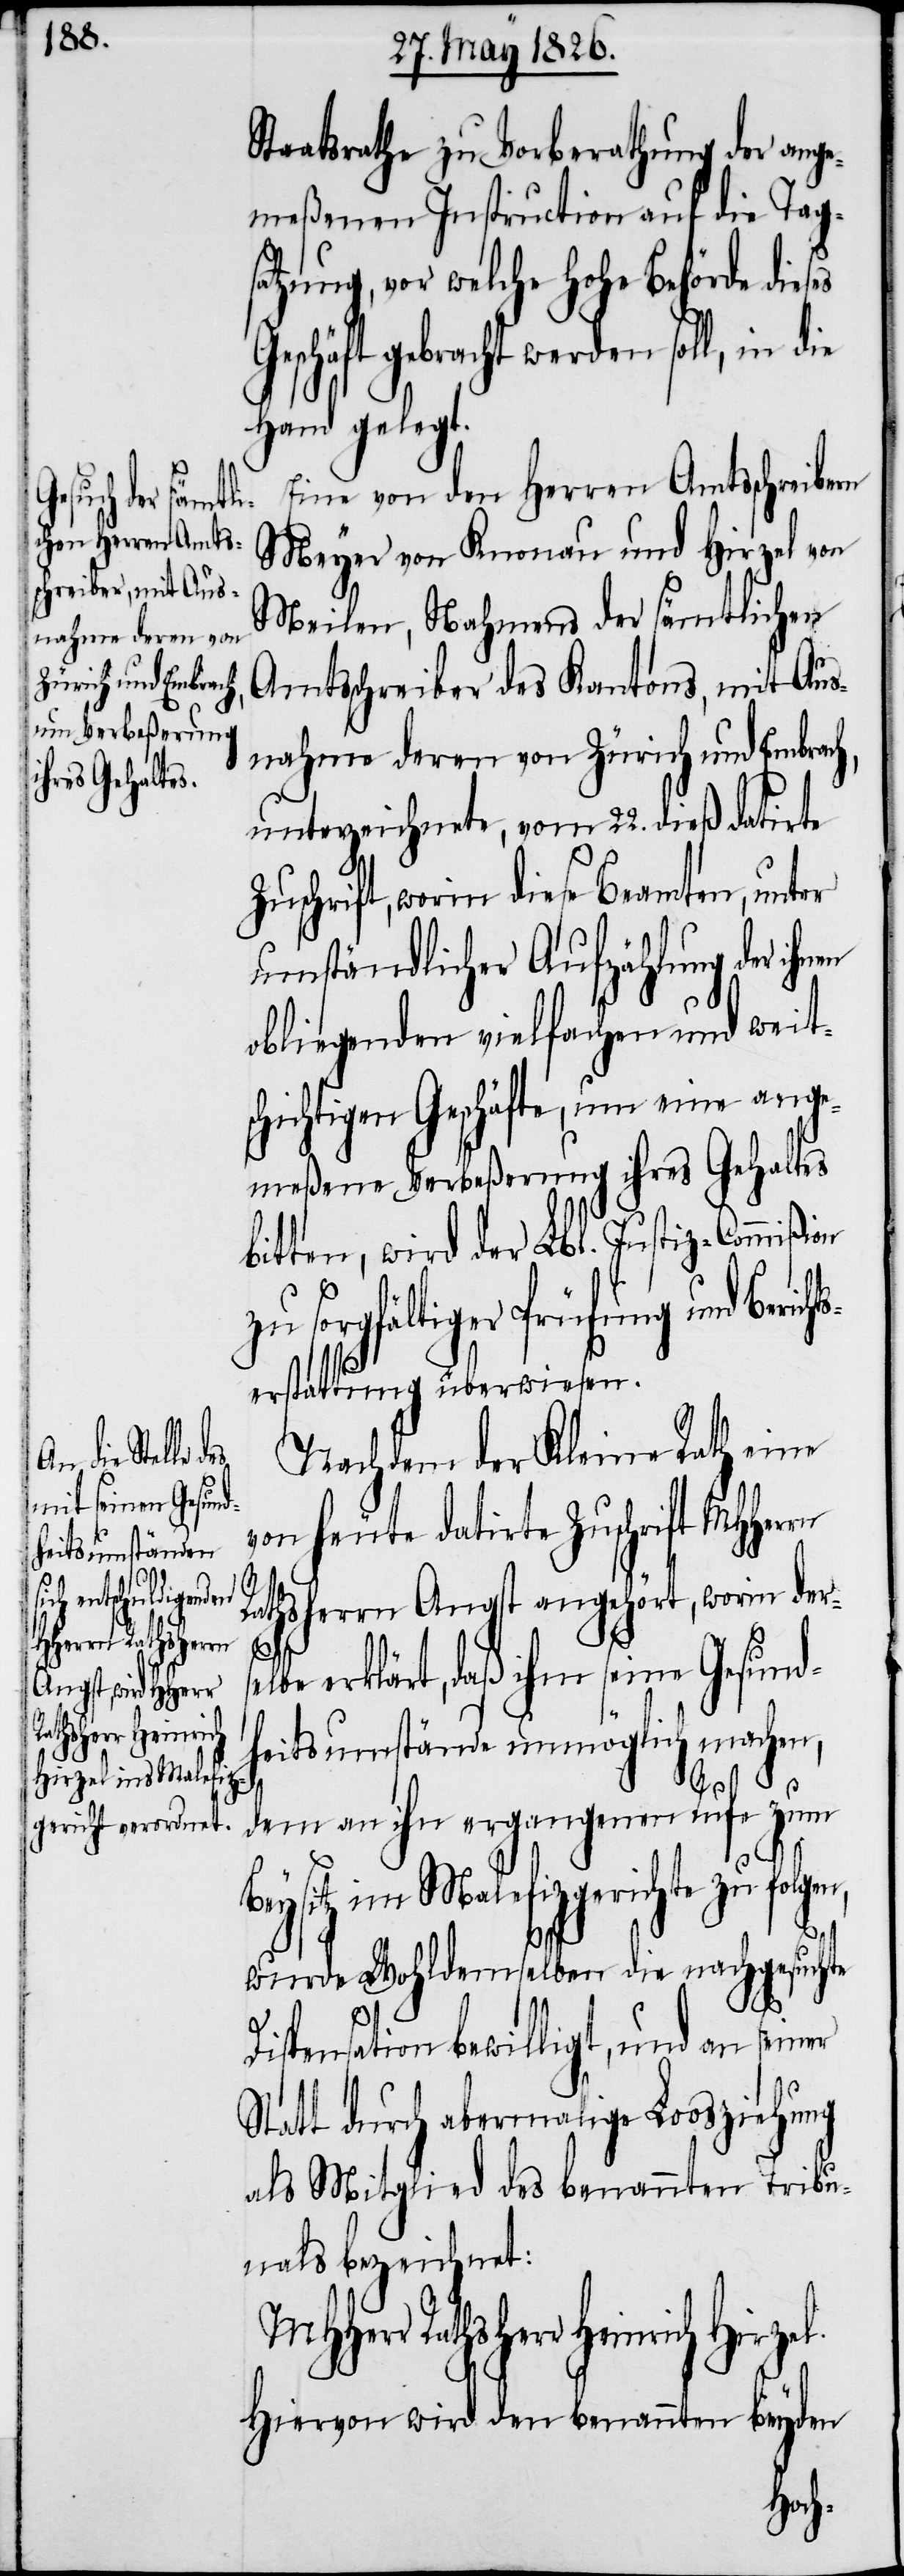
selbe
racht we¬

Staatsrathe zu Vorberathung der ange¬
meßenen Instruction auf die Tags¬
atzung, vor welche Hohe Behörde dies¬
Hand gelegt.
Eine von den Herren Amtsschreibern
Meyer von Knonau und Hirzel von
Meilen, Nahmens der sämtlichen
Amtsschreiber des Kantons, mit Aus¬
nahme deren von Zürich und Embrach,
unterzeichnete, vom 22. dieß datirte
uschrift, worin diese Beamten, unter
umständlicher Aufzählung der ihn¬
obliegenden vielfachen und weits¬
chichtigen Geschäfte, um eine ange¬
meßene Verbeßerung ihres Gehaltes
bitten, wird der Lbl. Justiz-Commi¬
zu sorgfältiger Prüfung und Berich¬
erstattung überwiesen.
Nachdem der Kleine Rath eine
von heute datirte Zuschrift MHHerrn
Rathsherrn Angst angehört, worin der¬
erklärt, daß ihm seine Gesund¬
heitsumstände unmöglich machen,
dem an ihn ergangenen Rufe zum
Beysitz im Malefizgerichte zu fo¬
wurde Wohldemselben die nachgesuchte
en
Dispensation bewilligt, und an seiner
Statt durch abermalige Loosziehung
als Mitglied des benannten Tribu¬
nals bezeichnet:
MHHerr Rathsherr Heinrich Hirzel.
Hiervon wird den benannten beyden
lgen,